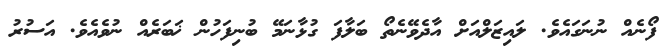
ފޯނެއް ނުނަގައެވެ. ލައިޒަލްއަށް އާދެވޭނެތޯ ބަލާފަ ގުޅާނަމޭ ބުނިފަހުން ޚަބަރެއް ނުވެއެވެ. އަސުރު